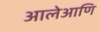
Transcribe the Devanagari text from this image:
आलेआणि